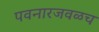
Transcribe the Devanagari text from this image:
पवनारजवळच